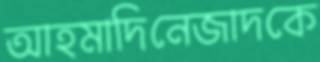
আহমাদিনেজাদকে